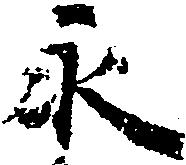
永